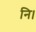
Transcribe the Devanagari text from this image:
नि।